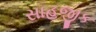
સાહજીક